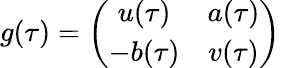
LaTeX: g(\tau)=\left(\begin{array}{cc}{{u(\tau)}}&{{a(\tau)}}\\ {{-b(\tau)}}&{{v(\tau)}}\end{array}\right)